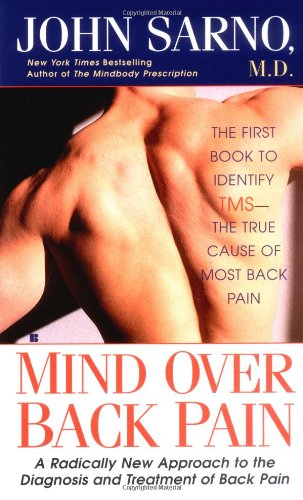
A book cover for Mind Over Back Pain; John Sarno; Health, Fitness & Dieting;